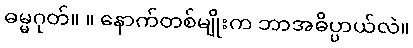
ဓမ္မဂုတ်။ ။ နောက်တစ်မျိုးက ဘာအဓိပ္ပာယ်လဲ။